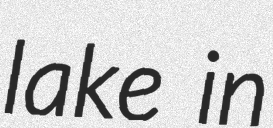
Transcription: lake in